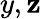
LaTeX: y,\mathbf{z}